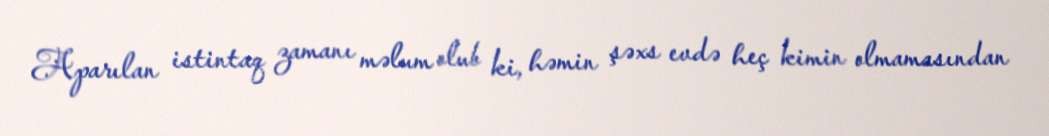
Aparılan istintaq zamanı məlum olub ki, həmin şəxs evdə heç kimin olmamasından